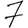
Digit: 7